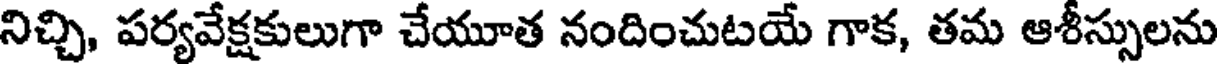
నిచ్చి, పర్యవేక్షకులుగా చేయూత నందించుటయే గాక, తమ ఆశీస్సులను